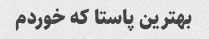
بهترین پاستا که خوردم